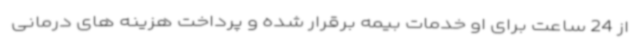
از 24 ساعت برای او خدمات بیمه برقرار شده و پرداخت هزینه های درمانی